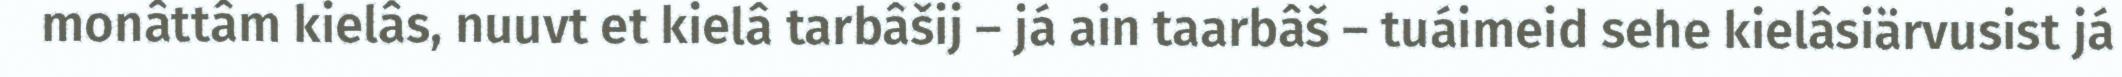
monâttâm kielâs, nuuvt et kielâ tarbâšij – já ain taarbâš – tuáimeid sehe kielâsiärvusist já